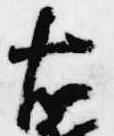
右